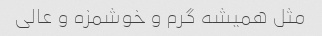
مثل همیشه گرم و خوشمزه و عالی